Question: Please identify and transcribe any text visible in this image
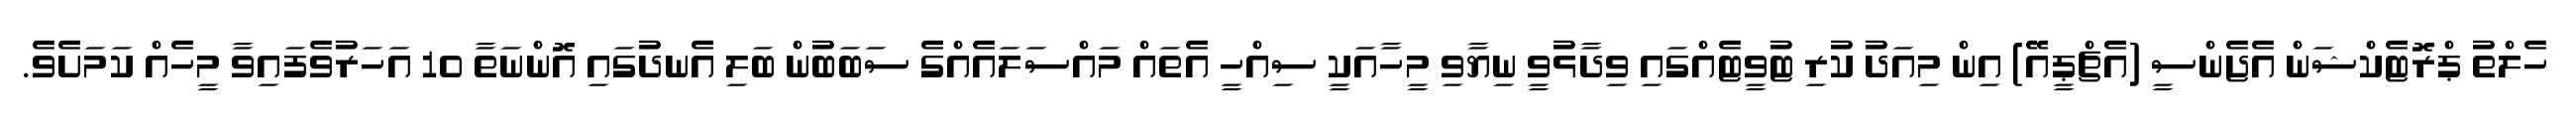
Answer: ހެލްތު ޕްރޮޓެކްޝަން އެޖެންސީ (އެޗްޕީއޭ) އިން މިއަދު ކުރި ޓުވީޓެއްގައި ވިދާޅުވީ ނިޔާވި މީހާއަކީ ސިއްހީ އެތައް މައްސަލައެއްގެ ސަބަބުން ބަލި އެނދުގައި އޮންނަތާ 10 އަހަރުވެފައިވާ މީހެއް ކަމަށެވެ.